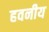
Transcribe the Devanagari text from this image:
हवनीय